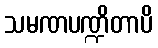
သမဏပဏ္ဍိတာပိ